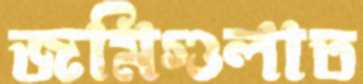
জমিগুলাত